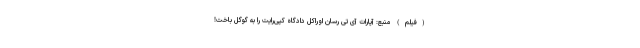
(فیلم) منبع: آپارات آی تی رسان اوراکل دادگاه کپی‌رایت را به گوگل باخت!